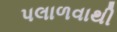
પલાળવાથી